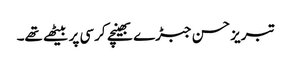
تبریز حسن جبڑے بھینچے کرسی پر بیٹھے تھے۔